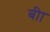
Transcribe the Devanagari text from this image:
बीा